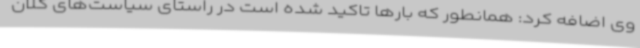
وی اضافه کرد: همانطور که بارها تاکید شده است در راستای سیاست‌های کلان